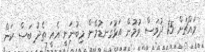
މައްޗަށް 15 ދުވަސް ވުމުން އަޅުގަނޑުމެން މިބުނަނީ އެއީ ތެދު ބަސް ކަން